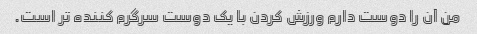
من آن را دوست دارم ورزش کردن با یک دوست سرگرم کننده تر است.